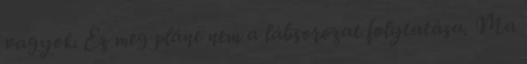
vagyok. Ez meg pláne nem a lábsorozat folytatása. Ma